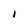
Character: I